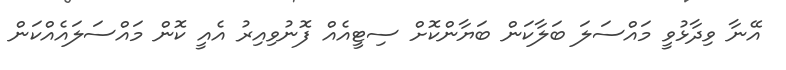
އޭނާ ވިދާޅުވީ މައްސަލަ ބަލާކަން ބަޔާންކޮށް ސިޓީއެއް ފޮނުވިއިރު އެއީ ކޮން މައްސަލައެއްކަން